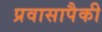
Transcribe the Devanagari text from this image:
प्रवासापैकी